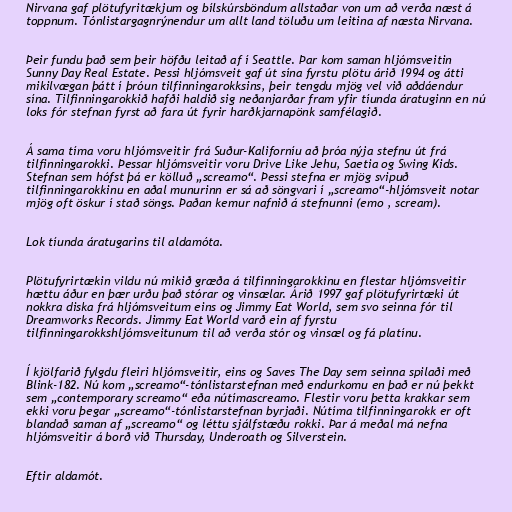
Nirvana gaf plötufyritækjum og bílskúrsböndum allstaðar von um að verða næst á
toppnum. Tónlistargagnrýnendur um allt land töluðu um leitina af næsta Nirvana.

Þeir fundu það sem þeir höfðu leitað af í Seattle. Þar kom saman hljómsveitin
Sunny Day Real Estate. Þessi hljómsveit gaf út sína fyrstu plötu árið 1994 og átti
mikilvægan þátt í þróun tilfinningarokksins, þeir tengdu mjög vel við aðdáendur
sína. Tilfinningarokkið hafði haldið sig neðanjarðar fram yfir tíunda áratuginn en nú
loks fór stefnan fyrst að fara út fyrir harðkjarnapönk samfélagið.

Á sama tíma voru hljómsveitir frá Suður-Kaliforníu að þróa nýja stefnu út frá
tilfinningarokki. Þessar hljómsveitir voru Drive Like Jehu, Saetia og Swing Kids.
Stefnan sem hófst þá er kölluð „screamo“. Þessi stefna er mjög svipuð
tilfinningarokkinu en aðal munurinn er sá að söngvari í „screamo“-hljómsveit notar
mjög oft öskur í stað söngs. Þaðan kemur nafnið á stefnunni (emo , scream).

Lok tíunda áratugarins til aldamóta.

Plötufyrirtækin vildu nú mikið græða á tilfinningarokkinu en flestar hljómsveitir
hættu áður en þær urðu það stórar og vinsælar. Árið 1997 gaf plötufyrirtæki út
nokkra diska frá hljómsveitum eins og Jimmy Eat World, sem svo seinna fór til
Dreamworks Records. Jimmy Eat World varð ein af fyrstu
tilfinningarokkshljómsveitunum til að verða stór og vinsæl og fá platínu.

Í kjölfarið fylgdu fleiri hljómsveitir, eins og Saves The Day sem seinna spilaði með
Blink-182. Nú kom „screamo“-tónlistarstefnan með endurkomu en það er nú þekkt
sem „contemporary screamo“ eða nútímascreamo. Flestir voru þetta krakkar sem
ekki voru þegar „screamo“-tónlistarstefnan byrjaði. Nútíma tilfinningarokk er oft
blandað saman af „screamo“ og léttu sjálfstæðu rokki. Þar á meðal má nefna
hljómsveitir á borð við Thursday, Underoath og Silverstein.

Eftir aldamót.